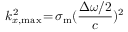
k _ { x , \mathrm { m a x } } ^ { 2 } \! = \! \sigma _ { \mathrm { m } } ( \frac { \Delta \omega / 2 } { c } ) ^ { 2 }